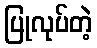
ပြုလုပ်တဲ့